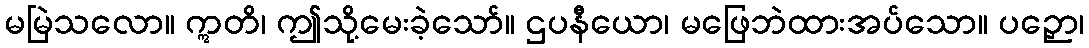
မမြဲသလော။ ဣတိ၊ ဤသို့မေးခဲ့သော်။ ဌပနီယော၊ မဖြေဘဲထားအပ်သော။ ပဉှော၊